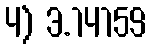
4) 3.14159